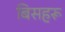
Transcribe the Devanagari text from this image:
बिसहरू